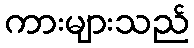
ကားများသည်